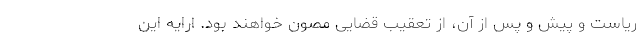
ریاست و پیش و پس از آن، از تعقیب قضایی مصون خواهند بود. ارایه این